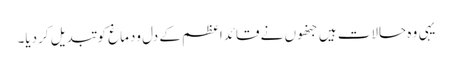
یہی وہ حالات ہیں جنھوں نے قائداعظم کے دل ودماغ کو تبدیل کردیا۔